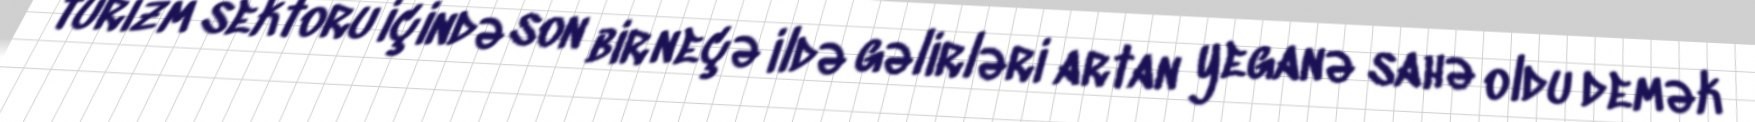
turizm sektoru içində son bir neçə ildə gəlirləri artan yeganə sahə oldu demək